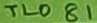
Text: TL081